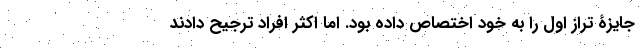
جایزۀ تراز اول را به خود اختصاص داده بود. اما اکثر افراد ترجیح دادند